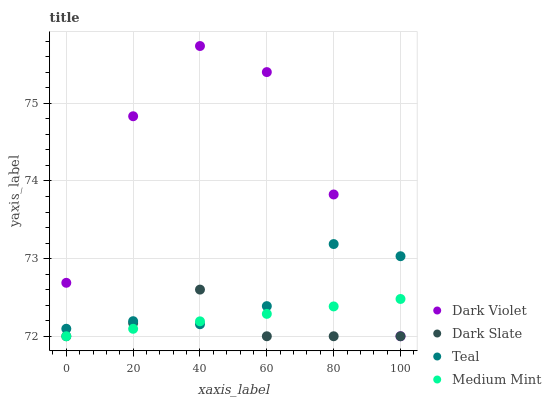
| xaxis_label | Dark Violet | Dark Slate | Teal | Medium Mint |
 | --- | --- | --- | --- | --- |
 | 0 | 72.7 | 72 | 72.1 | 72 |
 | 20 | 74.8 | 72.2 | 72.2 | 72.1 |
 | 40 | 75.7 | 72.6 | 72.2 | 72.2 |
 | 60 | 75.4 | 72 | 72.4 | 72.3 |
 | 80 | 73.8 | 72 | 73.2 | 72.4 |
 | 100 | 72 | 72 | 73 | 72.5 |